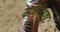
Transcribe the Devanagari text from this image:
अन्नेक्षिङ्